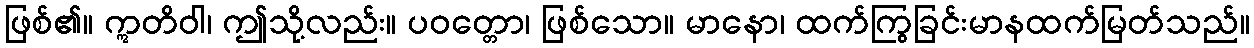
ဖြစ်၏။ ဣတိဝါ၊ ဤသို့လည်း။ ပဝတ္တော၊ ဖြစ်သော။ မာနော၊ ထက်ကြွခြင်းမာနထက်မြတ်သည်။